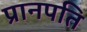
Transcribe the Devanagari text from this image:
प्रानपति